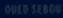
QUESO